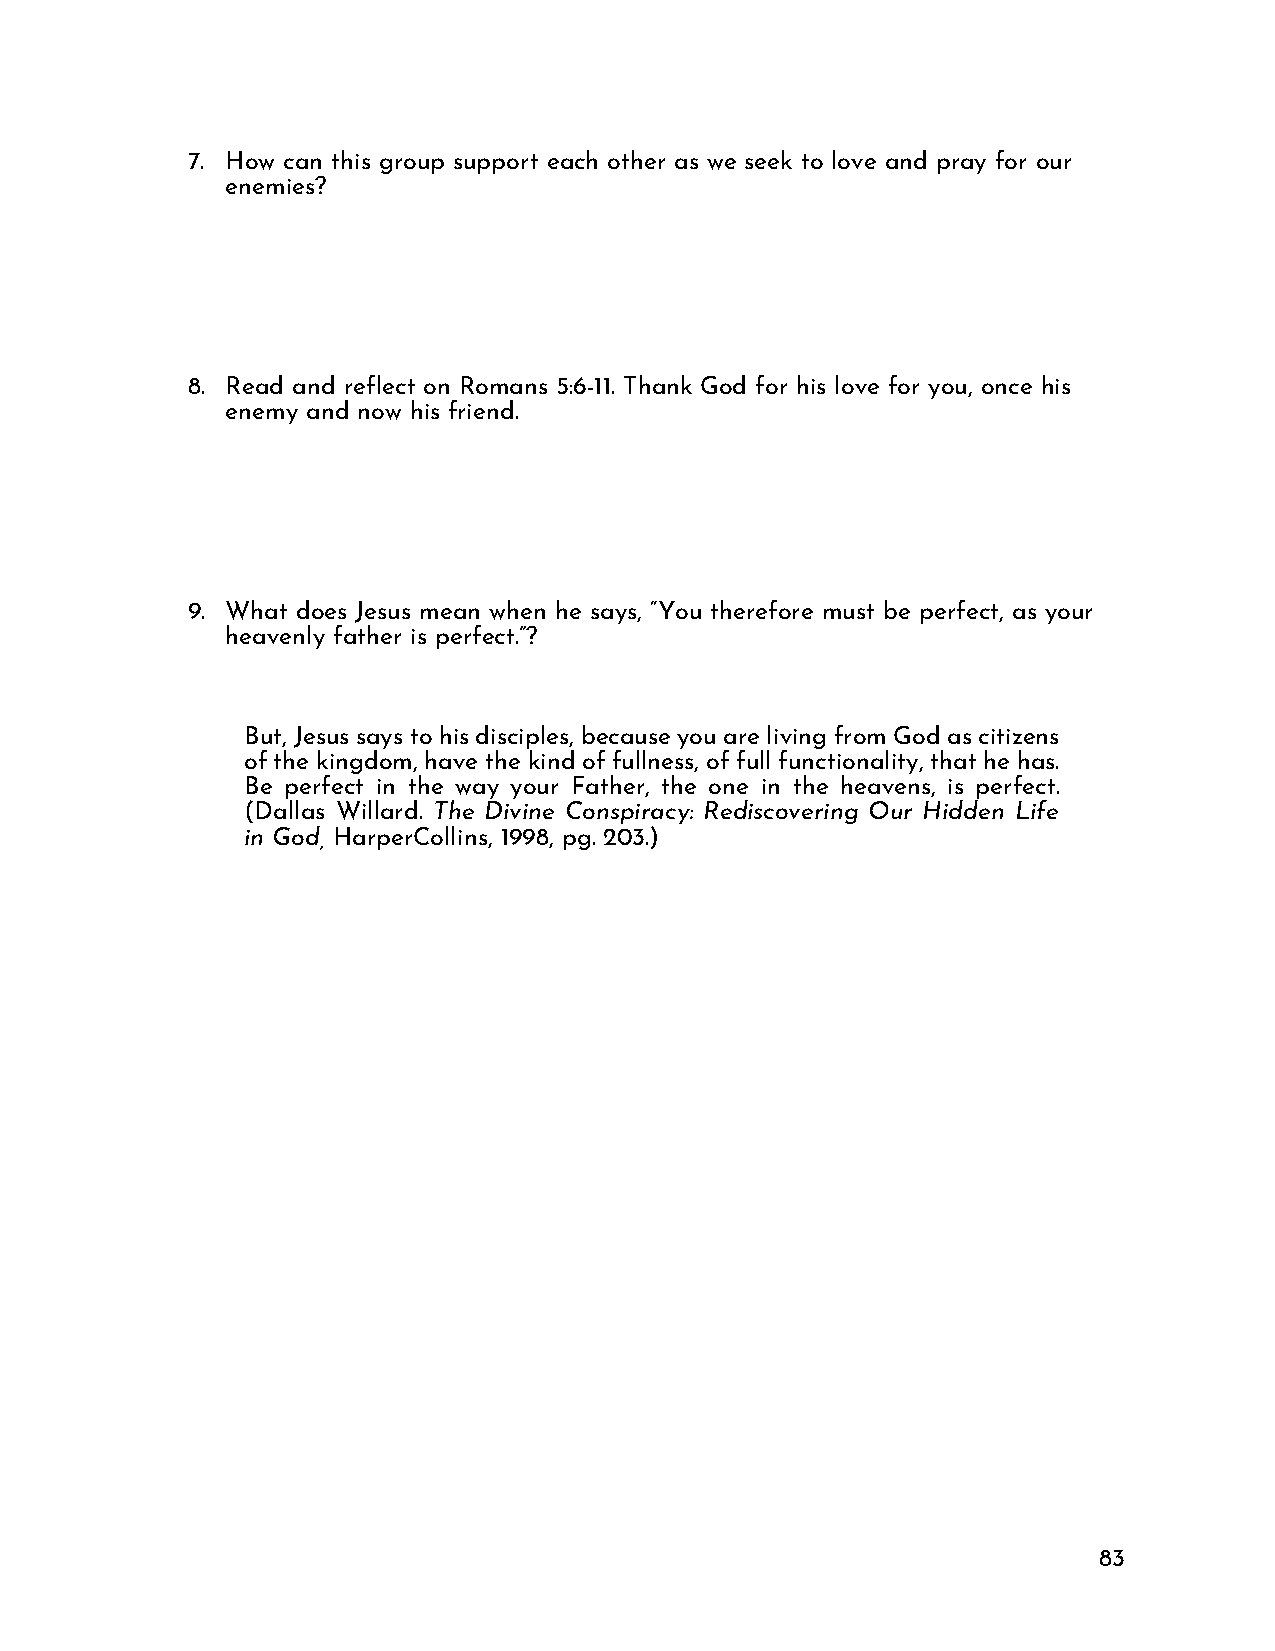
7. How can this group support each other as we seek to love and pray for our
 enemies?
 8. Read and reflect on Romans 5:6-11. Thank God for his love for you, once his
 enemy and now his friend.
 9. What does Jesus mean when he says, “You therefore must be perfect, as your
 heavenly father is perfect.”?
 But, Jesus says to his disciples, because you are living from God as citizens
 of the kingdom, have the kind of fullness, of full functionality, that he has.
 Be perfect in the way your Father, the one in the heavens, is perfect.
 (Dallas Willard. The Divine Conspiracy: Rediscovering Our Hidden Life
 in God, HarperCollins, 1998, pg. 203.)
 83